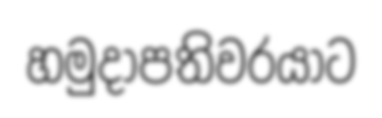
හමුදාපතිවරයාට